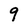
Character: 9